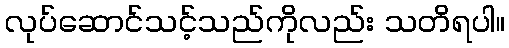
လုပ်ဆောင်သင့်သည်ကိုလည်း သတိရပါ။